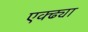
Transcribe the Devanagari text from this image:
एक्ढ्या